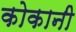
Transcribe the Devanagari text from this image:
कोकानी